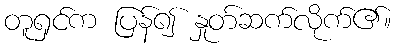
တူရှင်က ပြန်၍ နှုတ်ဆက်လိုက်၏။